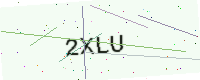
Text: 2XLU